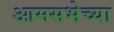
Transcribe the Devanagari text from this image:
आमसभेच्या